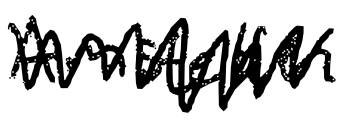
Text: Amstetten
Cross-out: zig-zag
Writing tool: digital_black